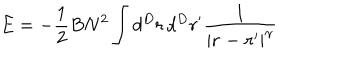
E = - { \frac { 1 } { 2 } } B N ^ { 2 } \int d ^ { D } r \, d ^ { D } r ^ { \prime } { \frac { 1 } { | { \bf r - r ^ { \prime } } | ^ { \gamma } } }